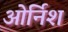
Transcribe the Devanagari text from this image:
ओर्निश